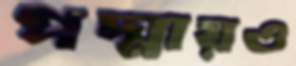
পদ্মায়ও